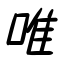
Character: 唯